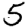
Digit: 5